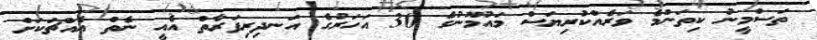
ތަސްމީނު ކިތަންމެ ވަރެއްކުރިޔަސް މައުމޫނުގެ 30 އަހަރުގެ އަނދިރިފަރާތް އެއީ ނެތް އެއްޗަކަށް